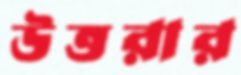
উত্তরার